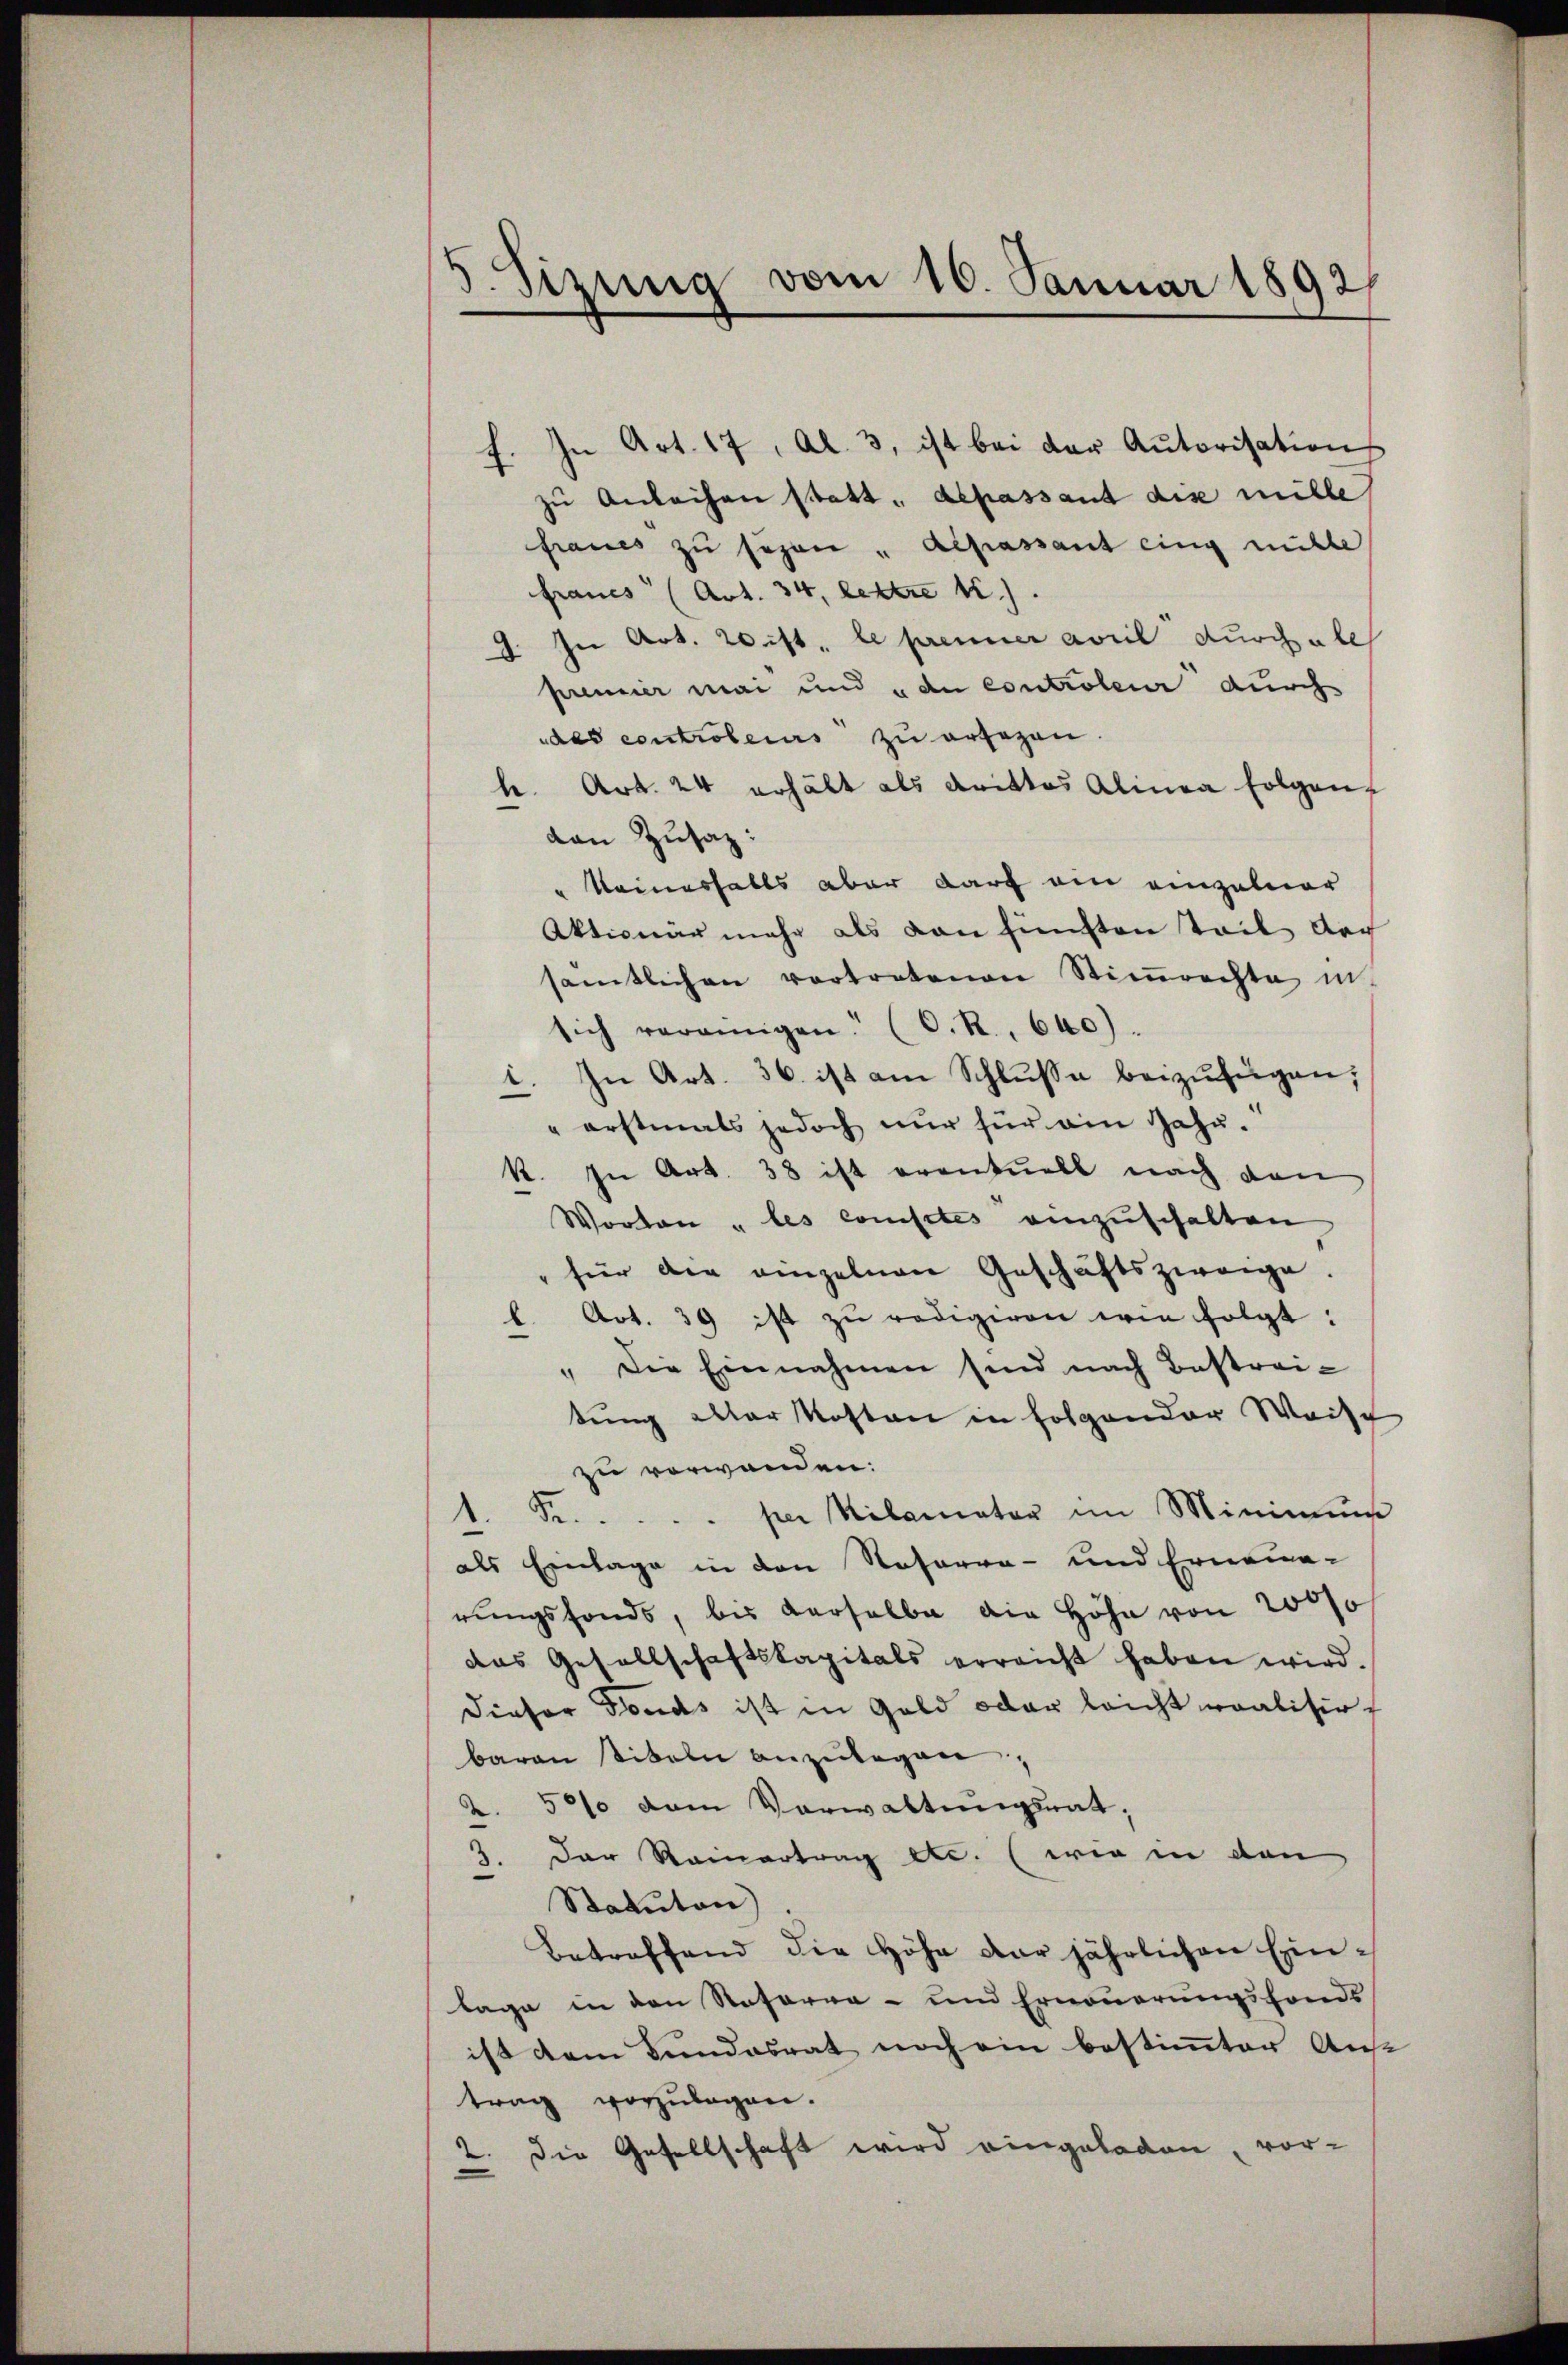
s
)
Sitzung vom 10. Januar 1892/

In Art. 17, Al. 3, ist bei der Autorisation
zu Anleihen statt. Sepassant dis mille
fraues zu sezen " Alpassant eing nütte
francs (Art. 34, lettre 1.)
J. In Art. 20 ist, le prenner avril durchales
premier mai und „an controleur durch
ddes controleurs zu ersezen
h. Art. 24 erhält als drittes Alinea folgenf
dan Zusaz:
keinesfalls aber darf am einzelner
Aktionär mehr als von fünften Teil auch
sämtlichen vortretenen Stiṁrechte in
sich vereinigen. (O. R. 640).
i. In Art. 36. ist am Schluße beizufügen;
" erstmals jedoch nur für ein Jahr-
k. In Art. 38 ist eventuell nach den
Worten „les consites einzuschalten
für die einzelnen Geschäftszweige.
h. Art. 39 ist zŭ redigiren wie folgt:
" die Einnahmen sind nach Bestreitung aller Kosten in folgender Weise
zu vorwanden.
 per Milamator im Minimum
1. Se.
als Einlage in den Rosarra- und Erneue-
rŭngsfonds, bis derselbe die Höhe von 2000
das Gesellschaftskapitals erreicht haben wird.
Dieser Fonds ist in Geld oder leicht realisirt
baren titeln anzŭlegen
50% vom Verwaltungsrat,
.
3. Der Rainertrag etc. (wie in den
Statuten)
Betreffend die Höhe der jährlichen Einlage in den Reforna- und Erneuerungsfonds
ist dem Fundesrat noch ein bestimmter Aus
trag vorzulagen.
2. Die Gesellschaft wird eingeladen vor-